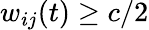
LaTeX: w_{ij}(t)\geq c/2